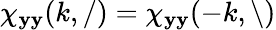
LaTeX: \chi_{\mathbf{y}\mathbf{y}}(k,/)=\chi_{\mathbf{y}\mathbf{y}}(-k,\backslash)